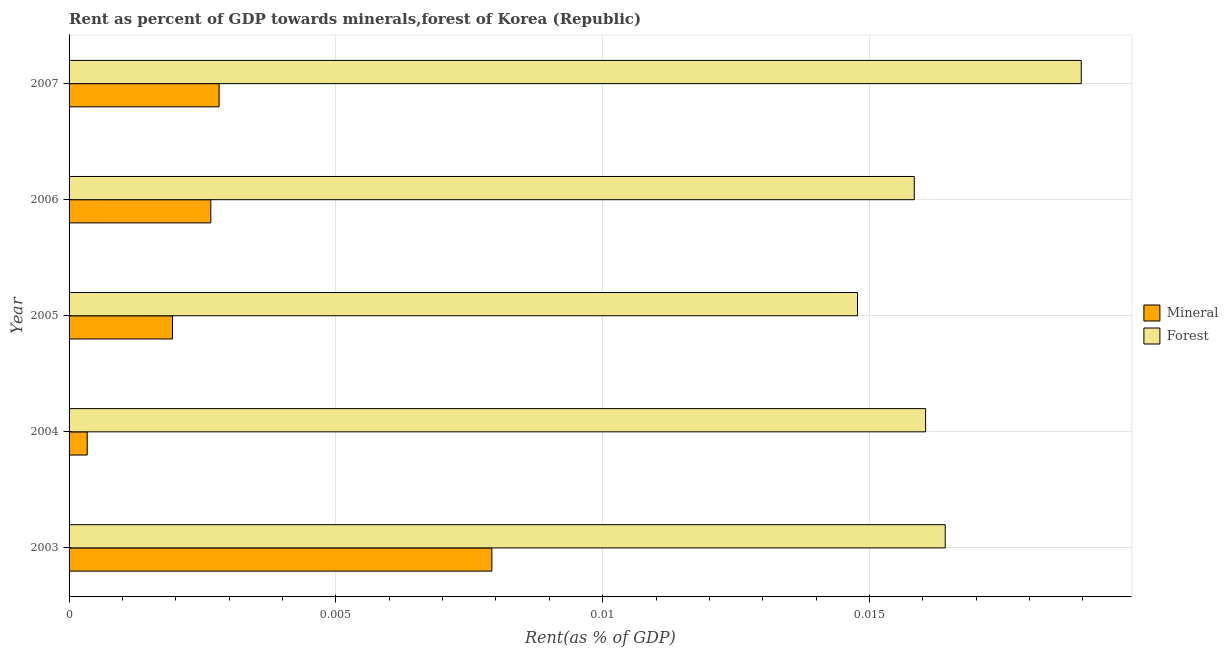
| Year | Mineral | Forest |
 | --- | --- | --- |
 | 2003 | 0.00792 | 0.0164 |
 | 2004 | 0.00034 | 0.0161 |
 | 2005 | 0.00194 | 0.0148 |
 | 2006 | 0.00266 | 0.0158 |
 | 2007 | 0.00281 | 0.019 |